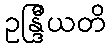
ဥန္ဒြီယတိ